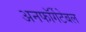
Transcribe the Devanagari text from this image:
अनफॉर्गेटेबल